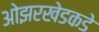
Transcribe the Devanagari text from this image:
ओझरखेडकडे